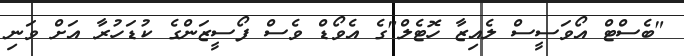
"ބެސްޓް އޯވަސީސް ލެއިޒާ ހޮޓެލް"ގެ އެވޯޑް ވެސް ފޯސީޒަންގެ ކުޑަހުރާ އަށް ވަނި